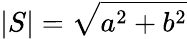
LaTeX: \vert S\vert={\sqrt{a^{2}+b^{2}}}